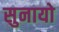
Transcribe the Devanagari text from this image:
सुनायो